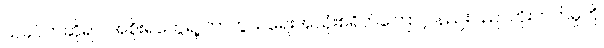
ယခင်ကဆိုရင် အစိုးရတွေရဲ့ ကာကွယ်ရေးအသုံးစရိတ်ကြောင့် နည်းပညာတိုးတက်မှုကို